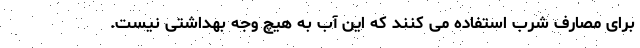
برای مصارف شرب استفاده می کنند که این آب به هیچ وجه بهداشتی نیست.